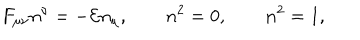
LaTeX: F _ { \mu \nu } n ^ { \nu } = - { \cal E } n _ { \mu } , \qquad n ^ { 2 } = 0 , \qquad { \bf n } ^ { 2 } = 1 ,